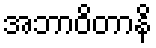
အဘာဝိတာနိ